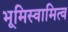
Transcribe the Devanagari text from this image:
भूमिस्वामित्व